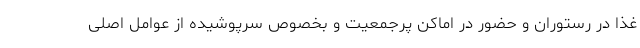
غذا در رستوران و حضور در اماکن پرجمعیت و بخصوص سرپوشیده از عوامل اصلی